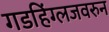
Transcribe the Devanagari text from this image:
गडहिंग्लजवरुन